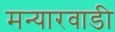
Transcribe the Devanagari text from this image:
मन्यारवाडी